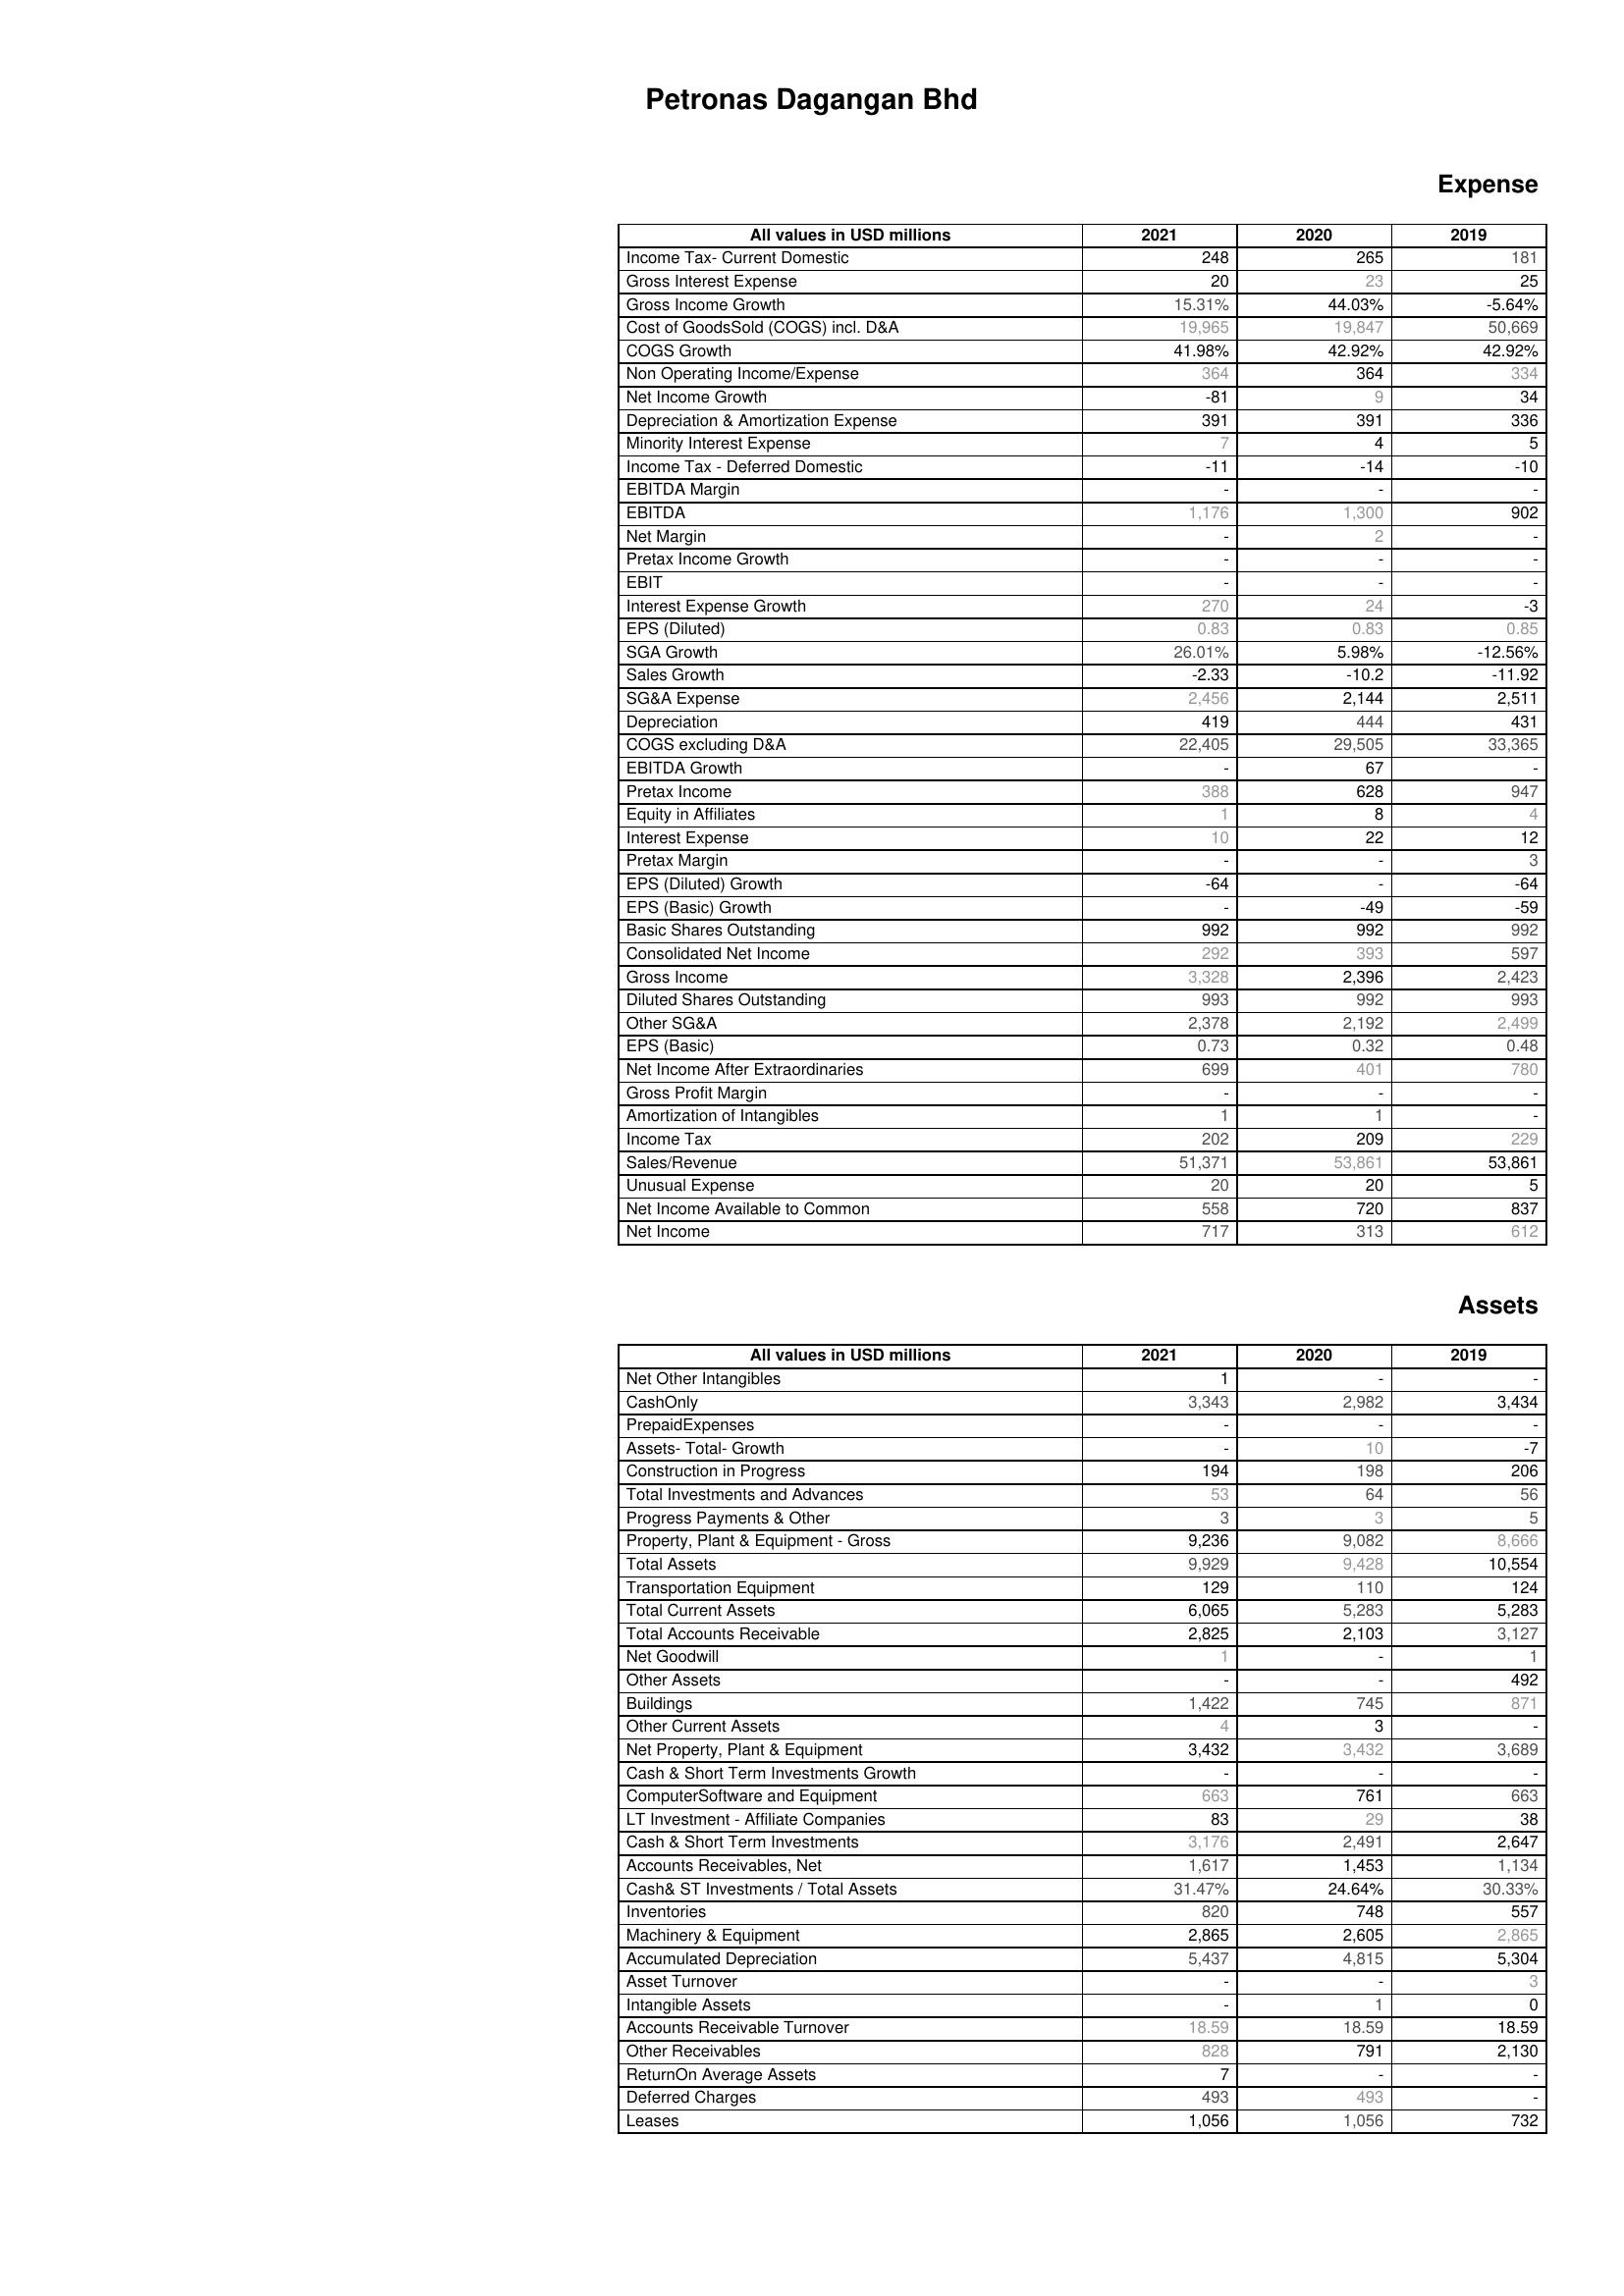
2021: Expense: Income Tax- Current Domestic: 248
Gross Interest Expense: 20
Gross Income Growth: 15.31%
Cost of GoodsSold (COGS) incl. D&A: 19,965
COGS Growth: 41.98%
Non Operating Income/Expense: 364
Net Income Growth: -81
Depreciation & Amortization Expense: 391
Minority Interest Expense: 7
Income Tax - Deferred Domestic: -11
EBITDA Margin: -
EBITDA: 1,176
Net Margin: -
Pretax Income Growth: -
EBIT: -
Interest Expense Growth: 270
EPS (Diluted): 0.83
SGA Growth: 26.01%
Sales Growth: -2.33
SG&A Expense: 2,456
Depreciation: 419
COGS excluding D&A: 22,405
EBITDA Growth: -
Pretax Income: 388
Equity in Affiliates: 1
Interest Expense: 10
Pretax Margin: -
EPS (Diluted) Growth: -64
EPS (Basic) Growth: -
Basic Shares Outstanding: 992
Consolidated Net Income: 292
Gross Income: 3,328
Diluted Shares Outstanding: 993
Other SG&A: 2,378
EPS (Basic): 0.73
Net Income After Extraordinaries: 699
Gross Profit Margin: -
Amortization of Intangibles: 1
Income Tax: 202
Sales/Revenue: 51,371
Unusual Expense: 20
Net Income Available to Common: 558
Net Income: 717
Assets: Net Other Intangibles: 1
CashOnly: 3,343
PrepaidExpenses: -
Assets- Total- Growth: -
Construction in Progress: 194
Total Investments and Advances: 53
Progress Payments & Other: 3
Property, Plant & Equipment - Gross : 9,236
Total Assets: 9,929
Transportation Equipment: 129
Total Current Assets: 6,065
Total Accounts Receivable: 2,825
Net Goodwill: 1
Other Assets: -
Buildings: 1,422
Other Current Assets: 4
Net Property, Plant & Equipment: 3,432
Cash & Short Term Investments Growth: -
ComputerSoftware and Equipment: 663
LT Investment - Affiliate Companies: 83
Cash & Short Term Investments: 3,176
Accounts Receivables, Net: 1,617
Cash& ST Investments / Total Assets: 31.47%
Inventories: 820
Machinery & Equipment: 2,865
Accumulated Depreciation: 5,437
Asset Turnover: -
Intangible Assets: -
Accounts Receivable Turnover: 18.59
Other Receivables: 828
ReturnOn Average Assets: 7
Deferred Charges: 493
Leases: 1,056
2020: Expense: Income Tax- Current Domestic: 265
Gross Interest Expense: 23
Gross Income Growth: 44.03%
Cost of GoodsSold (COGS) incl. D&A: 19,847
COGS Growth: 42.92%
Non Operating Income/Expense: 364
Net Income Growth: 9
Depreciation & Amortization Expense: 391
Minority Interest Expense: 4
Income Tax - Deferred Domestic: -14
EBITDA Margin: -
EBITDA: 1,300
Net Margin: 2
Pretax Income Growth: -
EBIT: -
Interest Expense Growth: 24
EPS (Diluted): 0.83
SGA Growth: 5.98%
Sales Growth: -10.2
SG&A Expense: 2,144
Depreciation: 444
COGS excluding D&A: 29,505
EBITDA Growth: 67
Pretax Income: 628
Equity in Affiliates: 8
Interest Expense: 22
Pretax Margin: -
EPS (Diluted) Growth: -
EPS (Basic) Growth: -49
Basic Shares Outstanding: 992
Consolidated Net Income: 393
Gross Income: 2,396
Diluted Shares Outstanding: 992
Other SG&A: 2,192
EPS (Basic): 0.32
Net Income After Extraordinaries: 401
Gross Profit Margin: -
Amortization of Intangibles: 1
Income Tax: 209
Sales/Revenue: 53,861
Unusual Expense: 20
Net Income Available to Common: 720
Net Income: 313
Assets: Net Other Intangibles: -
CashOnly: 2,982
PrepaidExpenses: -
Assets- Total- Growth: 10
Construction in Progress: 198
Total Investments and Advances: 64
Progress Payments & Other: 3
Property, Plant & Equipment - Gross : 9,082
Total Assets: 9,428
Transportation Equipment: 110
Total Current Assets: 5,283
Total Accounts Receivable: 2,103
Net Goodwill: -
Other Assets: -
Buildings: 745
Other Current Assets: 3
Net Property, Plant & Equipment: 3,432
Cash & Short Term Investments Growth: -
ComputerSoftware and Equipment: 761
LT Investment - Affiliate Companies: 29
Cash & Short Term Investments: 2,491
Accounts Receivables, Net: 1,453
Cash& ST Investments / Total Assets: 24.64%
Inventories: 748
Machinery & Equipment: 2,605
Accumulated Depreciation: 4,815
Asset Turnover: -
Intangible Assets: 1
Accounts Receivable Turnover: 18.59
Other Receivables: 791
ReturnOn Average Assets: -
Deferred Charges: 493
Leases: 1,056
2019: Expense: Income Tax- Current Domestic: 181
Gross Interest Expense: 25
Gross Income Growth: -5.64%
Cost of GoodsSold (COGS) incl. D&A: 50,669
COGS Growth: 42.92%
Non Operating Income/Expense: 334
Net Income Growth: 34
Depreciation & Amortization Expense: 336
Minority Interest Expense: 5
Income Tax - Deferred Domestic: -10
EBITDA Margin: -
EBITDA: 902
Net Margin: -
Pretax Income Growth: -
EBIT: -
Interest Expense Growth: -3
EPS (Diluted): 0.85
SGA Growth: -12.56%
Sales Growth: -11.92
SG&A Expense: 2,511
Depreciation: 431
COGS excluding D&A: 33,365
EBITDA Growth: -
Pretax Income: 947
Equity in Affiliates: 4
Interest Expense: 12
Pretax Margin: 3
EPS (Diluted) Growth: -64
EPS (Basic) Growth: -59
Basic Shares Outstanding: 992
Consolidated Net Income: 597
Gross Income: 2,423
Diluted Shares Outstanding: 993
Other SG&A: 2,499
EPS (Basic): 0.48
Net Income After Extraordinaries: 780
Gross Profit Margin: -
Amortization of Intangibles: -
Income Tax: 229
Sales/Revenue: 53,861
Unusual Expense: 5
Net Income Available to Common: 837
Net Income: 612
Assets: Net Other Intangibles: -
CashOnly: 3,434
PrepaidExpenses: -
Assets- Total- Growth: -7
Construction in Progress: 206
Total Investments and Advances: 56
Progress Payments & Other: 5
Property, Plant & Equipment - Gross : 8,666
Total Assets: 10,554
Transportation Equipment: 124
Total Current Assets: 5,283
Total Accounts Receivable: 3,127
Net Goodwill: 1
Other Assets: 492
Buildings: 871
Other Current Assets: -
Net Property, Plant & Equipment: 3,689
Cash & Short Term Investments Growth: -
ComputerSoftware and Equipment: 663
LT Investment - Affiliate Companies: 38
Cash & Short Term Investments: 2,647
Accounts Receivables, Net: 1,134
Cash& ST Investments / Total Assets: 30.33%
Inventories: 557
Machinery & Equipment: 2,865
Accumulated Depreciation: 5,304
Asset Turnover: 3
Intangible Assets: 0
Accounts Receivable Turnover: 18.59
Other Receivables: 2,130
ReturnOn Average Assets: -
Deferred Charges: -
Leases: 732